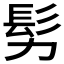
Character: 𩫸